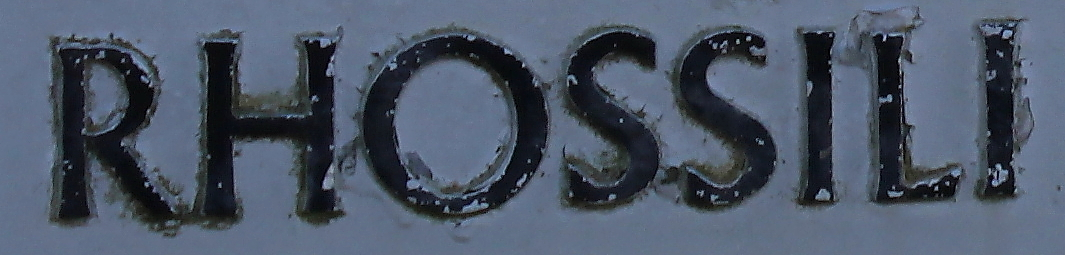
RHOSSILI